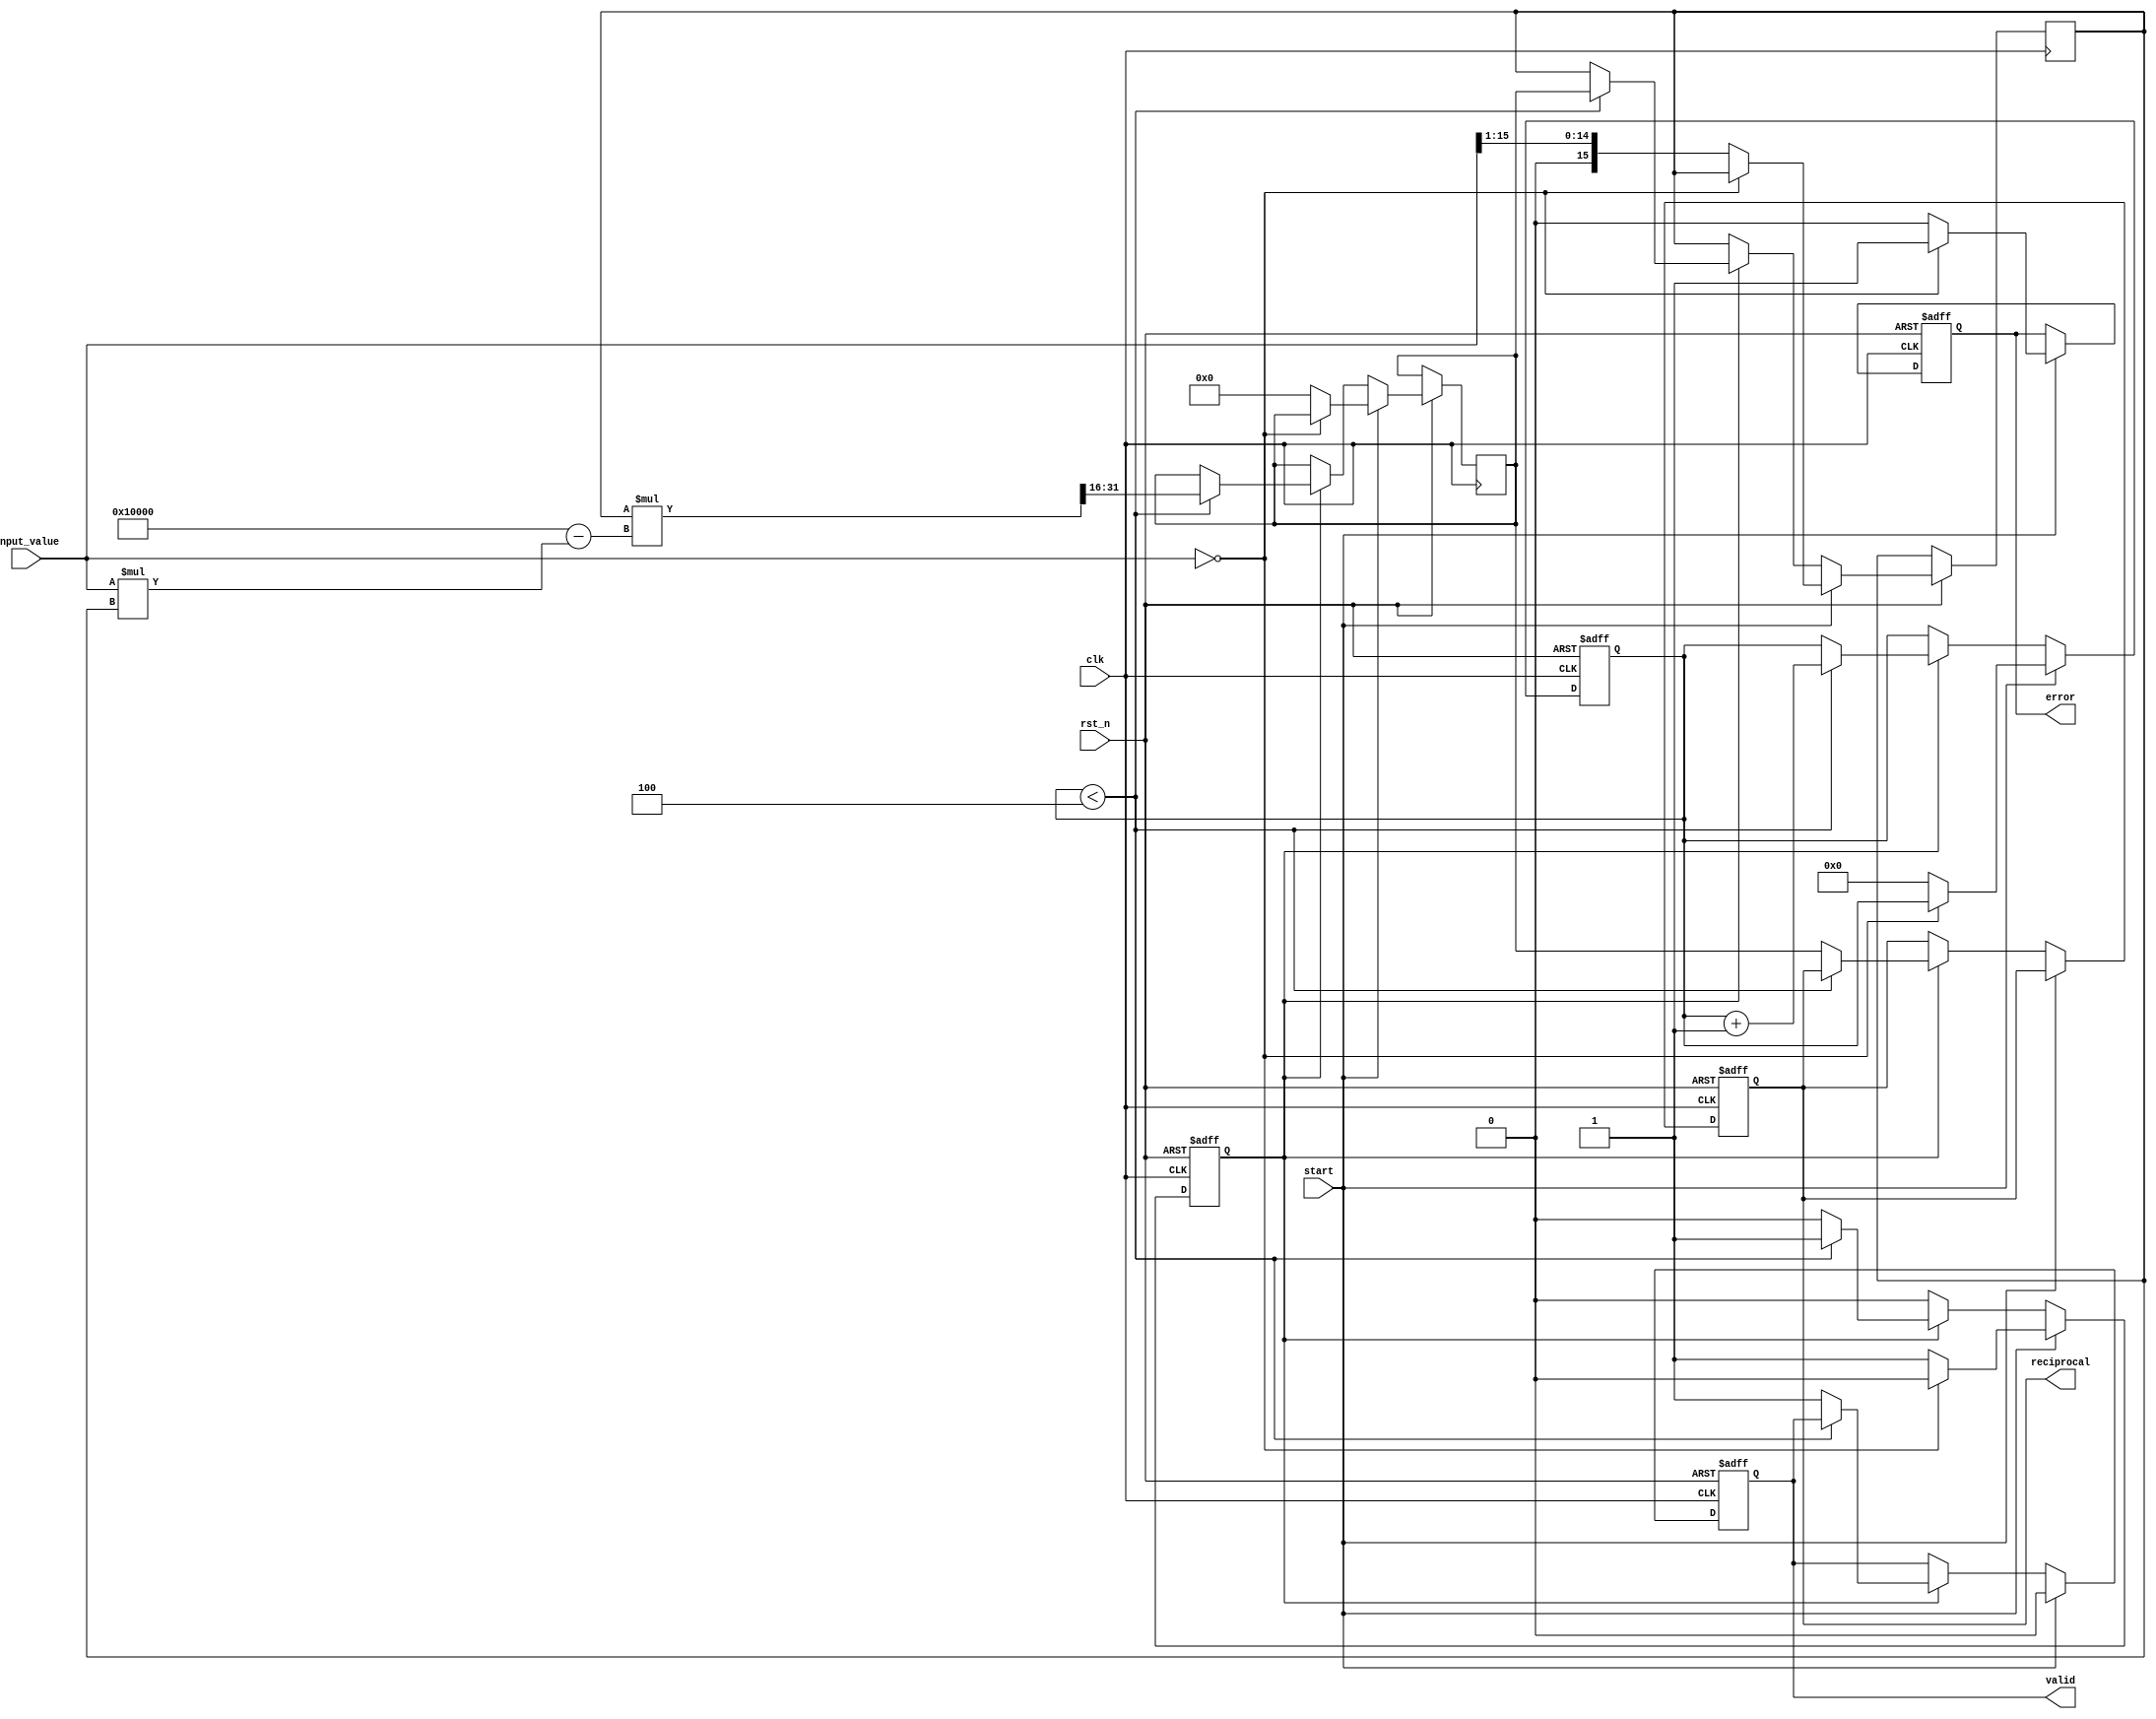
module DirectReciprocalUnit #(
    parameter WIDTH = 16, // Width of the input and output
    parameter ITERATIONS = 4 // Number of iterations for Newton-Raphson
)(
    input wire clk,
    input wire rst_n,
    input wire [WIDTH-1:0] input_value, // Input value (non-zero)
    input wire start, // Signal to start the calculation
    output reg [WIDTH-1:0] reciprocal, // Output reciprocal
    output reg valid, // Output valid signal
    output reg error // Error signal for division by zero
);

    reg [WIDTH-1:0] x; // Current approximation
    reg [WIDTH-1:0] r; // Reciprocal result
    reg [3:0] count; // Iteration counter
    reg calculating; // State to indicate if calculation is ongoing

    // Initial normalization and error handling
    always @(posedge clk or negedge rst_n) begin
        if (!rst_n) begin
            reciprocal <= 0;
            valid <= 0;
            error <= 0;
            calculating <= 0;
            count <= 0;
        end else begin
            if (start) begin
                if (input_value == 0) begin
                    error <= 1; // Set error for division by zero
                    valid <= 0;
                    calculating <= 0;
                end else begin
                    error <= 0; // Clear error
                    x <= {1'b0, input_value[WIDTH-1:1]}; // Initial approximation (1/input_value)
                    r <= 0;
                    count <= 0;
                    calculating <= 1;
                    valid <= 0;
                end
            end else if (calculating) begin
                if (count < ITERATIONS) begin
                    // Newton-Raphson iteration: x(n+1) = x(n) * (2 - x(n) * input_value)
                    r <= x * (2**WIDTH - input_value * x) >> WIDTH; // Update approximation
                    x <= r; // Update for next iteration
                    count <= count + 1;
                end else begin
                    reciprocal <= r; // Final reciprocal result
                    valid <= 1; // Indicate valid output
                    calculating <= 0; // End calculation
                end
            end
        end
    end

endmodule